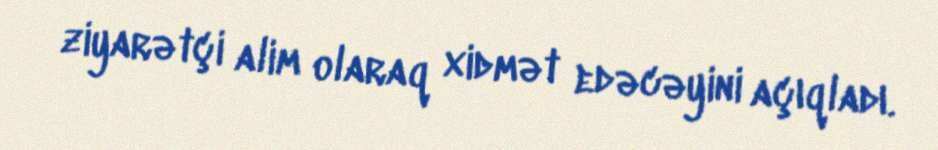
ziyarətçi alim olaraq xidmət edəcəyini açıqladı.